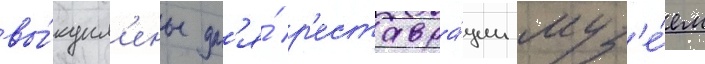
вы́купл'ены дл'я́ р'еставра́ции муз'е́ем